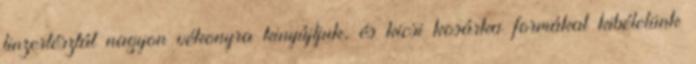
linzertésztát nagyon vékonyra kinyújtjuk, és kicsi kosárka formákat kibélelünk